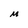
Character: M